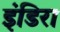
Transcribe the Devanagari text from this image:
इंडिरा